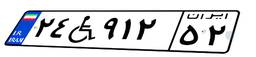
۲۴W۹۱۲۵۲